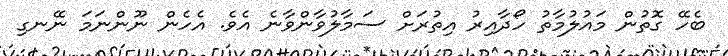
ބެހޭ ގޮތުން މައުލުމާތު ހޯދާއިރު އިތުރަށް ސަމާލުވާންވާނެ އެވެ. އެހެން ނޫންނަމަ ނޭނގި